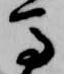
馬